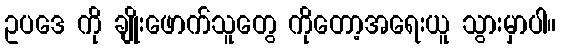
ဥပဒေ ကို ချိုးဖောက်သူတွေ ကိုတော့အရေးယူ သွားမှာပါ။